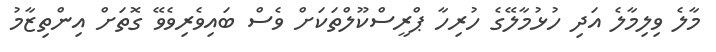
މާލެ ވިލިމާލެ އަދި ހުޅުމާލޭގެ ހުރިހާ ޕްރީސްކޫލްތަކަށް ވެސް ބައިވެރިވެވޭ ގޮތަށް އިންތިޒާމު